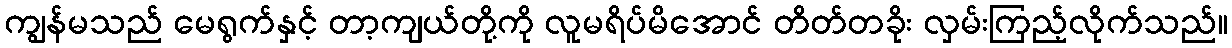
ကျွန်မသည် မေရွက်နှင့် တာ့ကျယ်တို့ကို လူမရိပ်မိအောင် တိတ်တခိုး လှမ်းကြည့်လိုက်သည်။